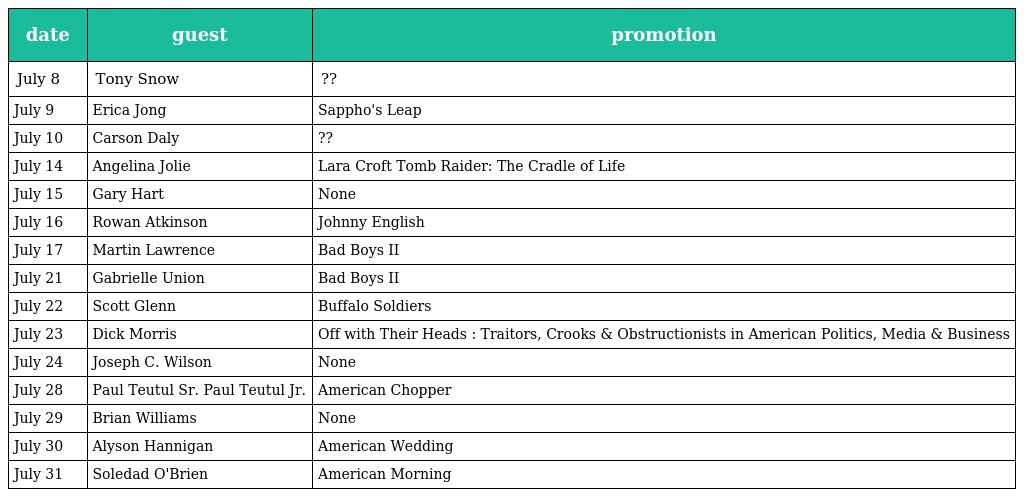
| date | guest | promotion |
 | --- | --- | --- |
 | July 8 | Tony Snow | ?? |
 | July 9 | Erica Jong | Sappho's Leap |
 | July 10 | Carson Daly | ?? |
 | July 14 | Angelina Jolie | Lara Croft Tomb Raider: The Cradle of Life |
 | July 15 | Gary Hart | None |
 | July 16 | Rowan Atkinson | Johnny English |
 | July 17 | Martin Lawrence | Bad Boys II |
 | July 21 | Gabrielle Union | Bad Boys II |
 | July 22 | Scott Glenn | Buffalo Soldiers |
 | July 23 | Dick Morris | Off with Their Heads : Traitors, Crooks & Obstructionists in American Politics, Media & Business |
 | July 24 | Joseph C. Wilson | None |
 | July 28 | Paul Teutul Sr. Paul Teutul Jr. | American Chopper |
 | July 29 | Brian Williams | None |
 | July 30 | Alyson Hannigan | American Wedding |
 | July 31 | Soledad O'Brien | American Morning |